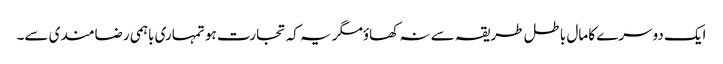
ایک دوسرے کا مال باطل طریقہ سے نہ کھاؤمگر یہ کہ تجارت ہو تمہاری باہمی رضامندی سے۔